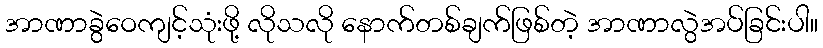
အာဏာခွဲဝေကျင့်သုံးဖို့ လိုသလို နောက်တစ်ချက်ဖြစ်တဲ့ အာဏာလွဲအပ်ခြင်းပါ။